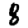
Digit: 8